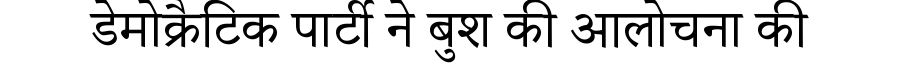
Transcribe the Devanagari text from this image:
डेमोक्रैटिक पार्टी ने बुश की आलोचना की